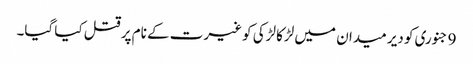
9 جنوری کو دیر میدان میں لڑکا لڑکی کو غیرت کے نام پر قتل کیا گیا۔